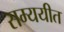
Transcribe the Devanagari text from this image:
सम्ययीत